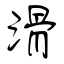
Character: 滑